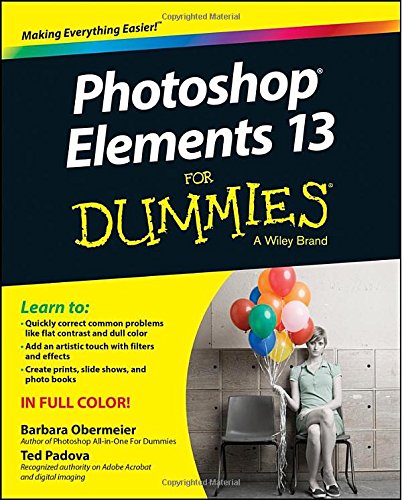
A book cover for Photoshop Elements 13 For Dummies (For Dummies Series); Barbara Obermeier; Computers & Technology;